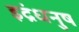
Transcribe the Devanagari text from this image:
इद्रंधनुष